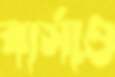
বার্সাও